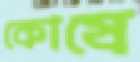
কোষে